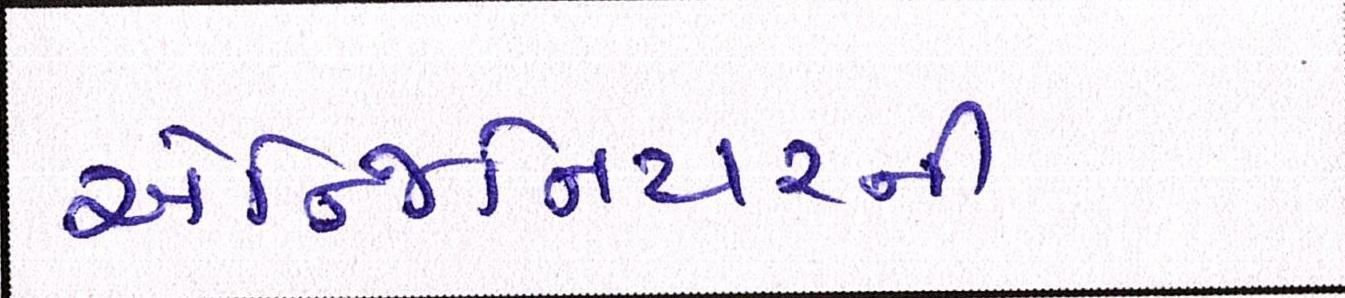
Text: એન્જિનિયરની